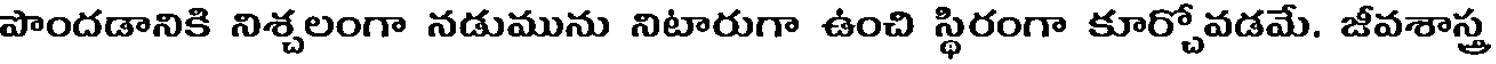
పొందడానికి నిశ్చలంగా నడుమును నిటారుగా ఉంచి స్థిరంగా కూర్చోవడమే. జీవశాస్త్ర